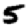
Digit: 5